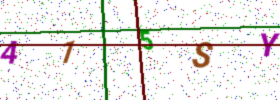
Text: 415SY